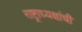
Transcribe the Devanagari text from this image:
राष्ट्राध्यक्षांची